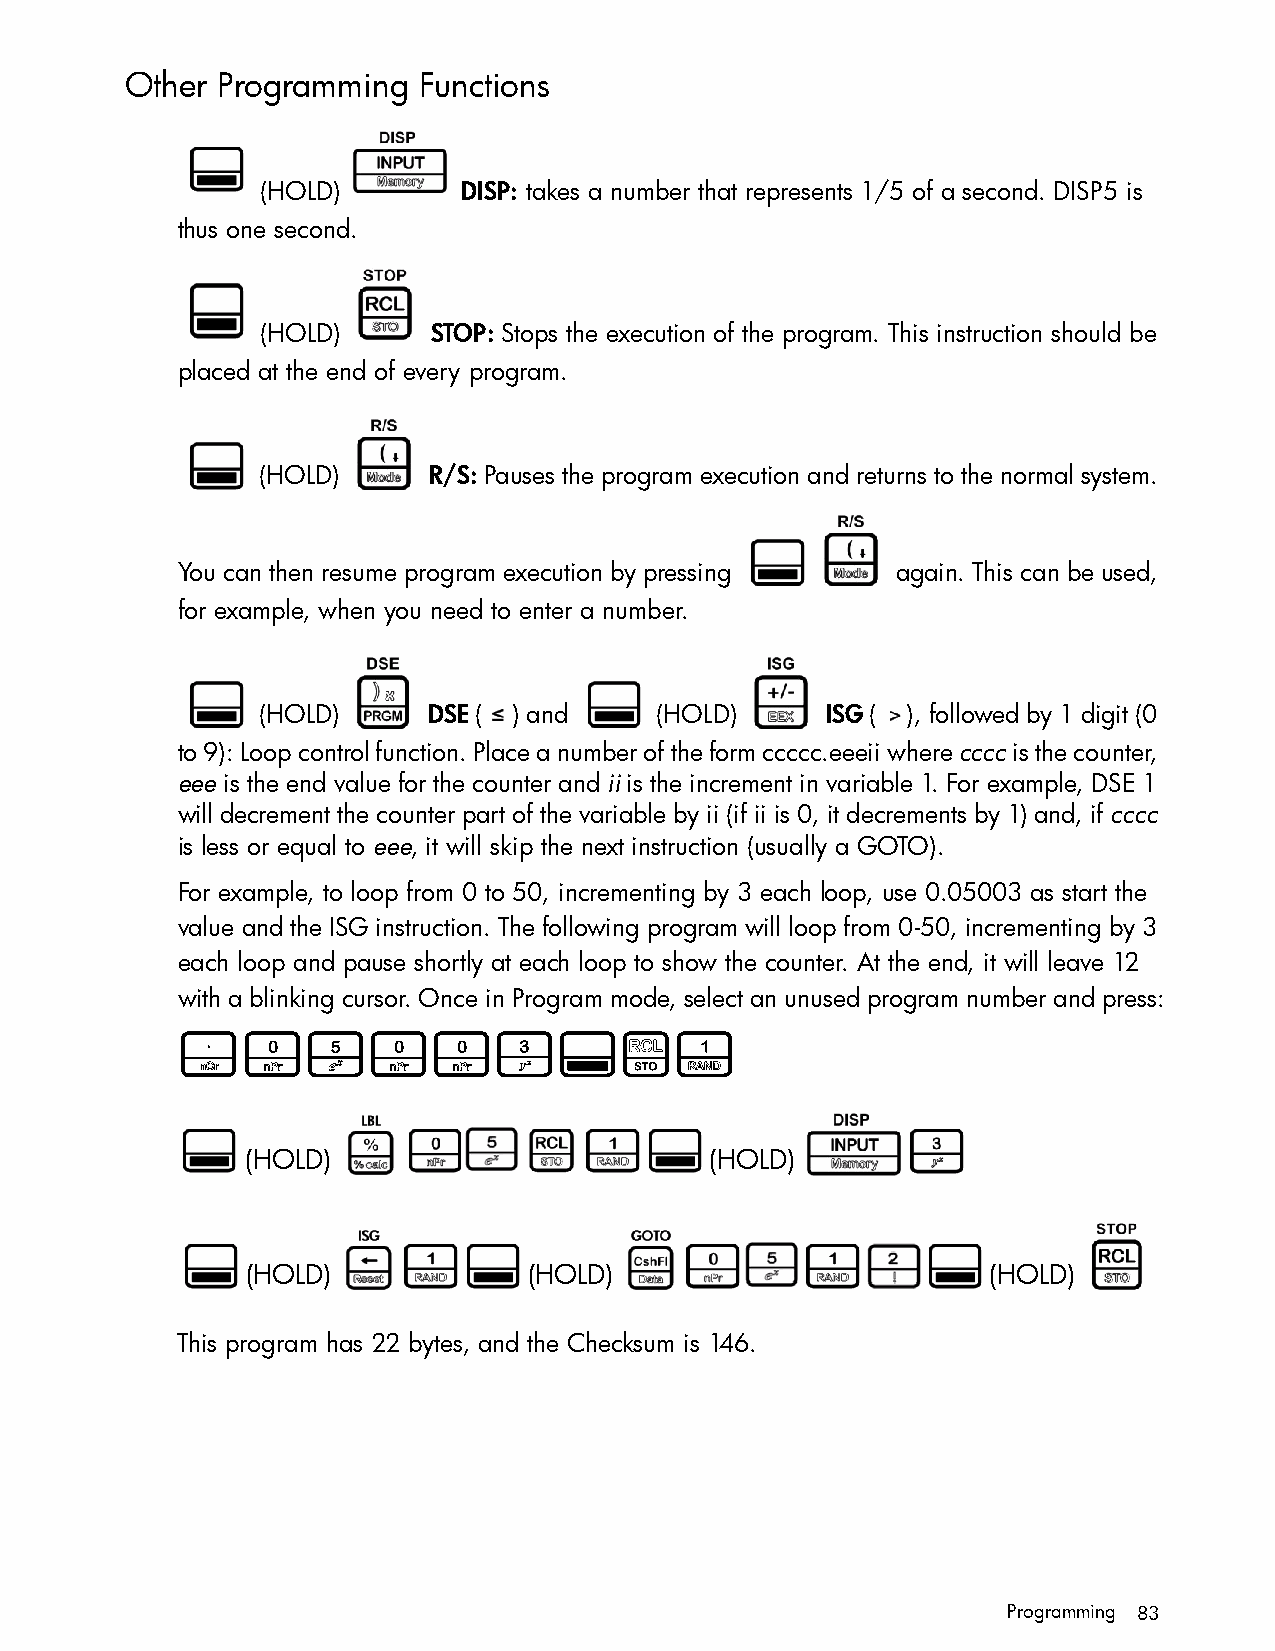
Other Programming   Functions
 (HOLD)        DISP: takes a number that represents 1/5 of a second. DISP5 is
 thus one second.
 (HOLD)      STOP: Stops the execution of the program. This instruction should be
 placed at the end of every program.
 (HOLD)     R/S: Pauses the program execution and returns to the normal system.
 You can then resume program execution by pressing again. This can be used,
 for example, when you need to enter a number.
 (HOLD)     DSE ( ) and    (HOLD)      ISG ( ), followed by 1 digit (0
 to 9): Loop control function. Place a number of the form ccccc.eeeii where cccc is the counter,
 eee is the end value for the counter and ii is the increment in variable 1. For example, DSE 1
 will decrement the counter part of the variable by ii (if ii is 0, it decrements by 1) and, if cccc
 is less or equal to eee, it will skip the next instruction (usually a GOTO).
 For example, to loop from 0 to 50, incrementing by 3 each loop, use 0.05003 as start the
 value and the ISG instruction. The following program will loop from 0-50, incrementing by 3
 each loop and pause shortly at each loop to show the counter. At the end, it will leave 12
 with a blinking cursor. Once in Program mode, select an unused program number and press:
 .05003:$1
 (HOLD)                         (HOLD)
 (HOLD)             (HOLD)                        (HOLD)
 This program has 22 bytes, and the Checksum is 146.
 Programming 83